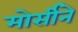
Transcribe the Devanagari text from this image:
मोर्सीने